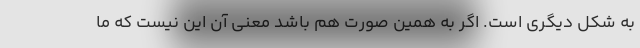
به شکل دیگری است. اگر به همین صورت هم باشد معنی آن این نیست که ما